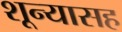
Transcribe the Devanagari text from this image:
शून्यासह